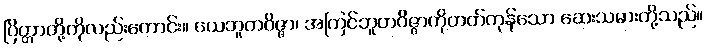
ပြိတ္တာတို့ကိုလည်းကောင်း။ ယေဘူတဝိဇ္ဇာ၊ အကြင်ဘူတဝိဇ္ဇာကိုတတ်ကုန်သော ဆေးသမားတို့သည်။